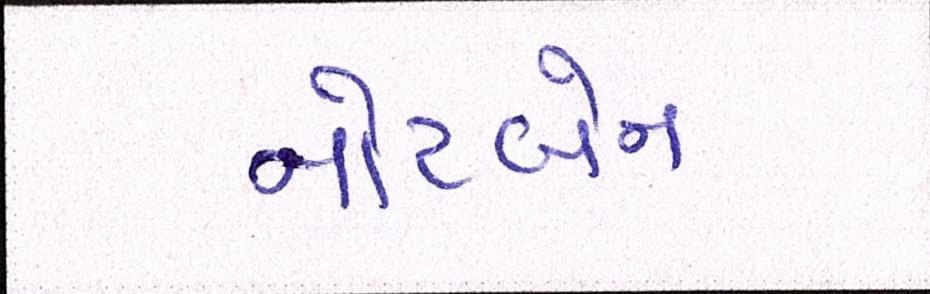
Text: નોટબેન